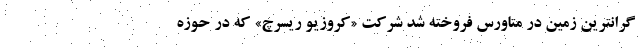
گرانترین زمین در متاورس فروخته شد شرکت «کروزیو ریسرچ» که در حوزه